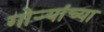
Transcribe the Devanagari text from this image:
गोर्‍यांच्या